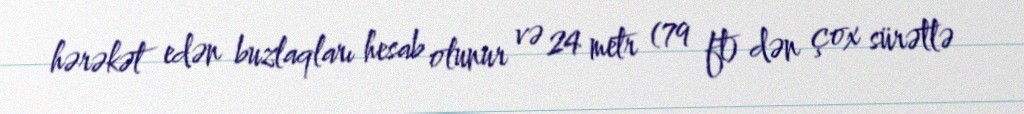
hərəkət edən buzlaqları hesab olunur və 24 metr (79 ft) dən çox sürətlə